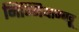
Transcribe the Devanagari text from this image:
निम्मियाम्बट्टू